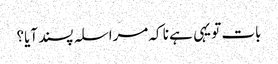
بات تو یہی ہے نا کہ مراسلہ پسند آیا؟